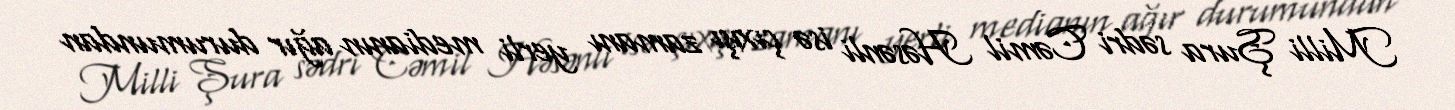
Milli Şura sədri Cəmil Həsənli isə çıxışı zamanı yerli medianın ağır durumundan